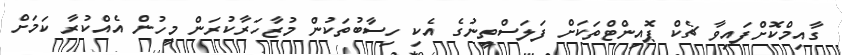
ގާއިމްކޮށްފައިވާ ޗެކް ޕޮއިންޓްތަކަށް ފަލަސްތީނުގެ އެކި ހިސާބުތަކުން މުޒާހަރާކުރަން މީހުން އެއްކުރާ ކަމަށް